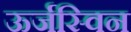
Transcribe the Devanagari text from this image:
ऊर्जस्विन